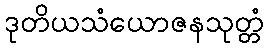
ဒုတိယသံယောဇနသုတ္တံ